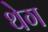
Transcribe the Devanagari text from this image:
थेग